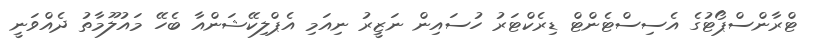
ޓްރާންސްޕޯޓުގެ އެސިސްޓެންޓް ޑިރެކްޓަރު ހުސައިން ނަޒީރު ނިއަމި އެޕްލިކޭޝަންއާ ބެހޭ މައުލޫމާތު ދެއްވަނީ